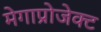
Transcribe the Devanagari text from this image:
मेगाप्रोजेक्ट